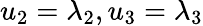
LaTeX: u_{2}=\lambda_{2},u_{3}=\lambda_{3}